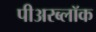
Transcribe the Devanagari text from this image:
पीअरब्लॉक